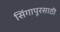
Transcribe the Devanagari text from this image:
सिंगापूरसाठी